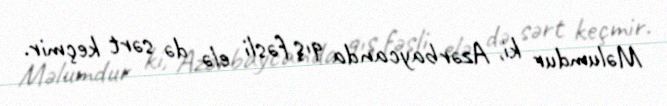
Məlumdur ki, Azərbaycanda qış fəsli elə də sərt keçmir.